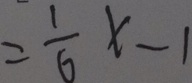
= \frac { 1 } { 6 } x - 1